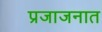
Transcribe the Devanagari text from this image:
प्रजाजनात